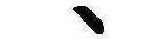
ゝ